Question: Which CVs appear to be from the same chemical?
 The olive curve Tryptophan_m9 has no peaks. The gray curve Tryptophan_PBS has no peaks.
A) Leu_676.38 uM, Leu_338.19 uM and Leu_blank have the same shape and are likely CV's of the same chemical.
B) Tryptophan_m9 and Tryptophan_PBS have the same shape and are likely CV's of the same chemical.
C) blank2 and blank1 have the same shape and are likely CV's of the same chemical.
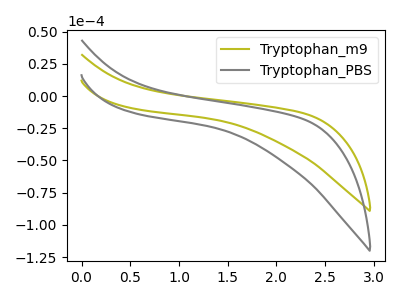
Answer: <think>Neither "Tryptophan_m9" or "Tryptophan_PBS" have any peaks.
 </think>
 <answer>B) "Tryptophan_m9" and "Tryptophan_PBS" have the same shape and are likely CV's of the same chemical.</answer>
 <eval>B</eval>